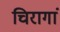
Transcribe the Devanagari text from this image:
चिरागां